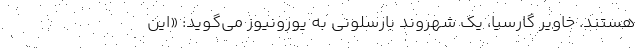
هستند. خاویر گارسیا، یک شهروند بارسلونی به یورونیوز می‌گوید: «این